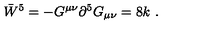
\bar { W } ^ { 5 } = - G ^ { \mu \nu } \partial ^ { 5 } G _ { \mu \nu } = 8 k \ .